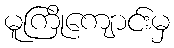
မူကြိုကျောင်းမှ